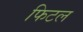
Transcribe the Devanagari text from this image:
फिटल